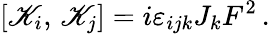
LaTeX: \left[{\cal\mathscr{K}}_{i},\, {\cal\mathscr{K}}_{j}\right]=i\varepsilon_{ijk}J_{k}F^{2}\, .